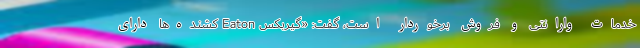
خدمات وارانتی و فروش برخوردار است، گفت: «گیربکس Eaton کشنده‌ها دارای